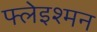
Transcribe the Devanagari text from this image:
फ्लेइश्मन